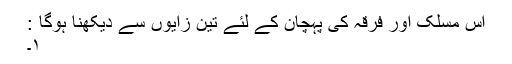
اس مسلک اور فرقہ کی پہچان کے لئے تین زایوں سے دیکھنا ہوگا :
۱۔